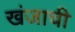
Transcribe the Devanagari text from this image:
खंजाची